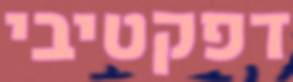
דפקטיבי